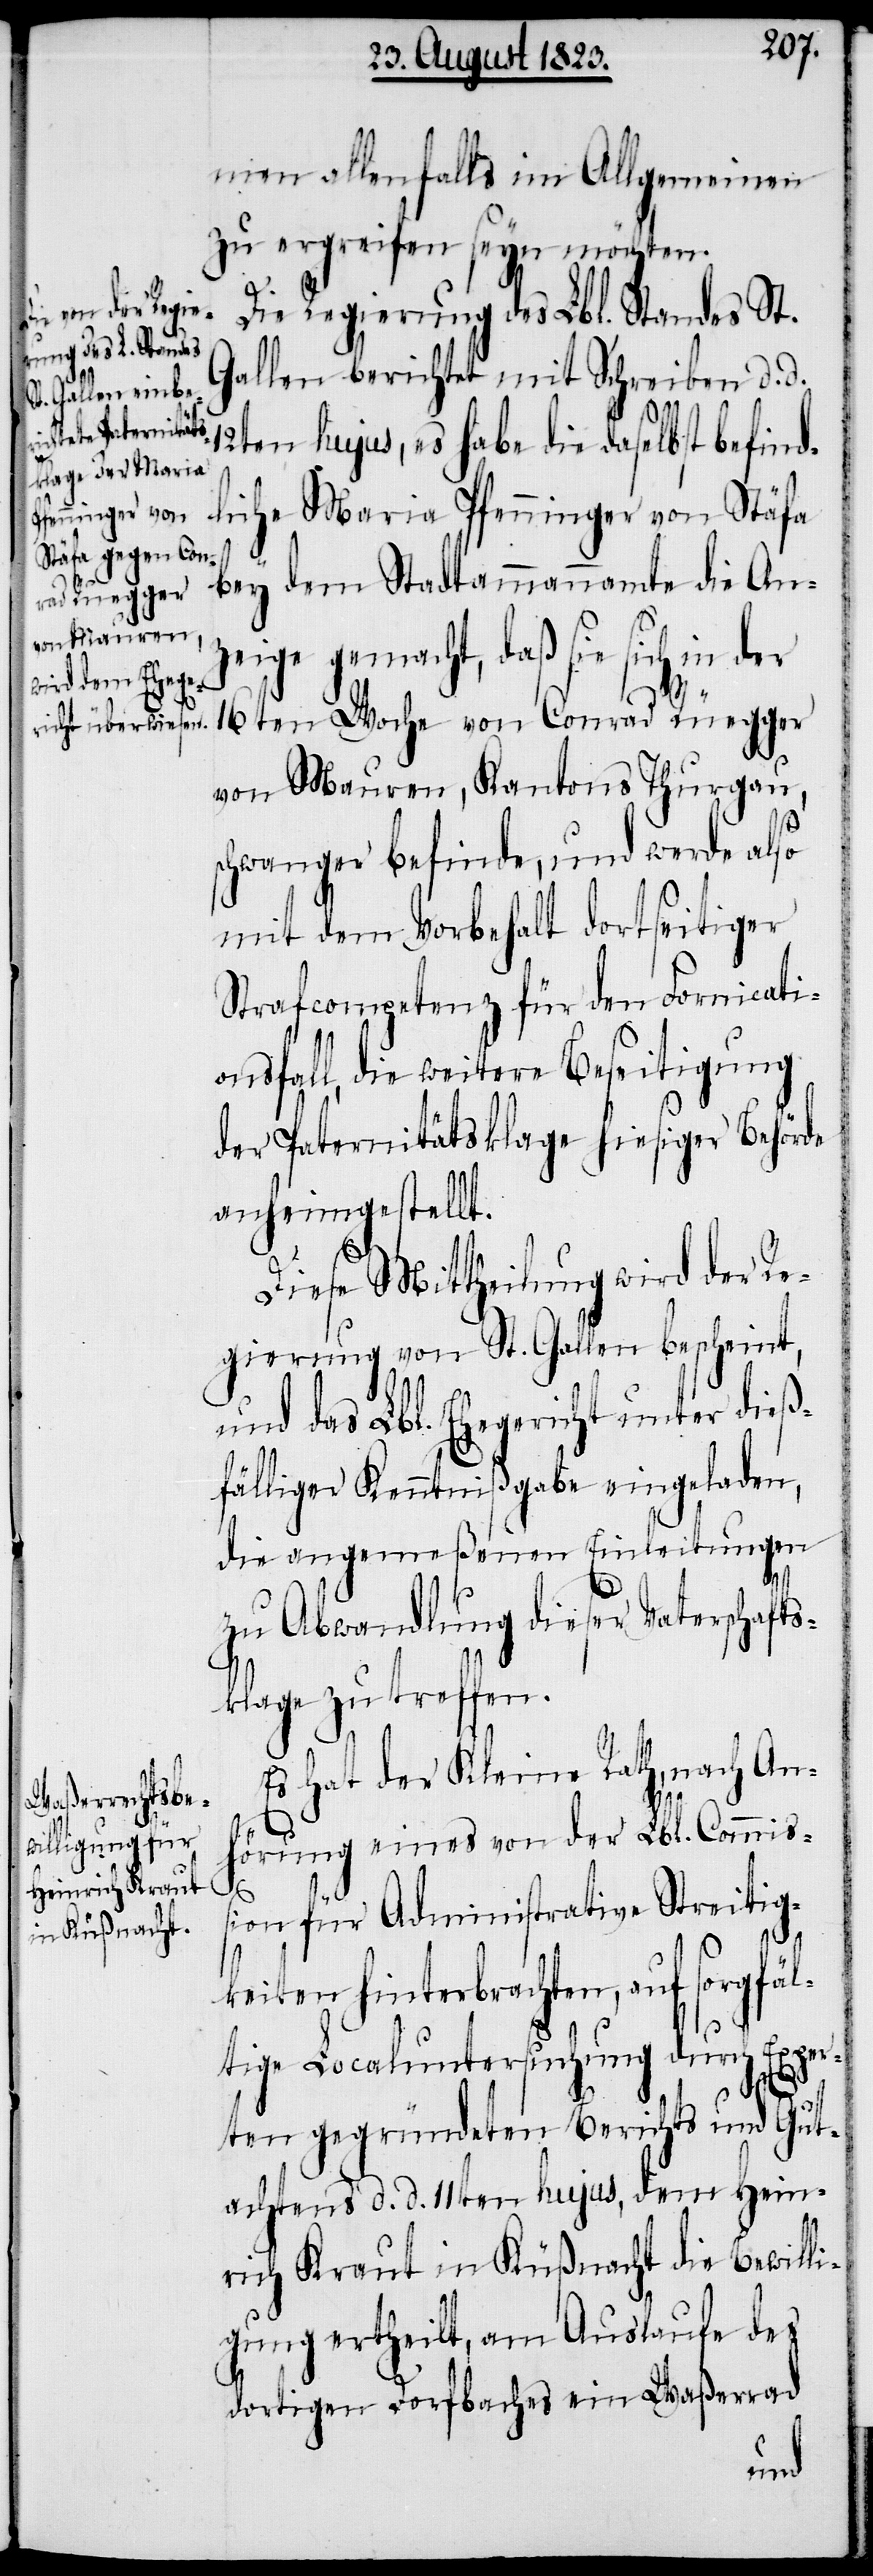
men allenfalls im Allgemeinen
zu ergreifen seyn möchten.
Die Regierung des Lbl. Standes St.
Gallen berichtet mit Schreiben d. d.
12ten hujus, es habe die daselbst befind¬
liche Maria Pfenninger von Stäfa
bey dem Stadtammannamte die Anz¬
eige gemacht, daß sie sich in der
16ten Woche von Conrad Rüegger
von Mauren, Kantons Thurgau,
schwanger befinde, und werde also
mit dem Vorbehalt dortseitiger
Strafcompetenz für den Fornicati¬
onsfall, die weitere Beseitigung
der Paternitätsklage hiesiger Behörde
anheimgestellt.
Diese Mittheilung wird der Re¬
gierung von St. Gallen bescheint,
und das Lbl. Ehegericht unter dieß¬
fälliger Kenntnißgabe eingeladen,
die angemeßenen Einleitungen
zu Abwandlung dieser Vaterschafts¬
klage zu treffen.
Es hat der Kleine Rath, nach An¬
hörung eines von der Lbl. Commiß¬
ion für Administrative Streitig¬
keiten hinterbrachten, auf sorgfäl¬
tige Localuntersuchung durch Exper¬
ten gegründeten Berichts und Gut¬
achtens d. d. 11ten hujus, dem Hein¬
rich Kraut in Küßnacht die Bewilli¬
gung ertheilt, am Auslaufe des
dortigen Dorfbaches ein Waßerrad